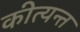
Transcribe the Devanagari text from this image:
कीत्यन्त